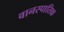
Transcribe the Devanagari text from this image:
वानस्पातिक